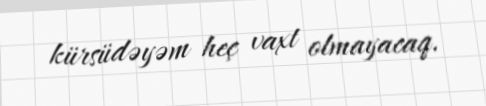
kürsüdəyəm heç vaxt olmayacaq.